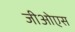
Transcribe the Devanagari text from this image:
जीओएस